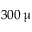
3 0 0 \, \upmu